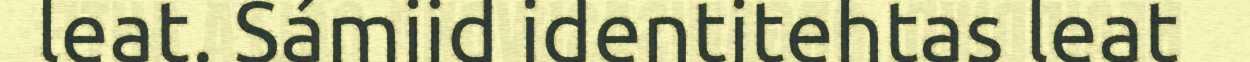
leat. Sámiid identitehtas leat